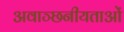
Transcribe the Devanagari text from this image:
अवाञ्छनीयताओं